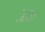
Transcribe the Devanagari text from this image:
ऊबा